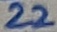
Text: 22